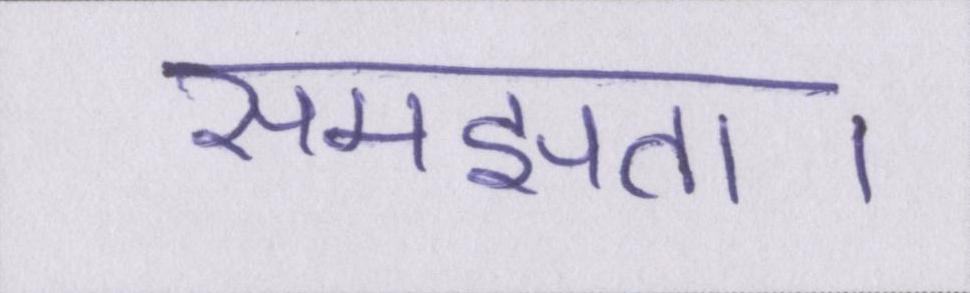
समझता।